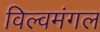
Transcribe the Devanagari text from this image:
विल्वमंगल